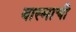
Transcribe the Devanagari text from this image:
बास्माची